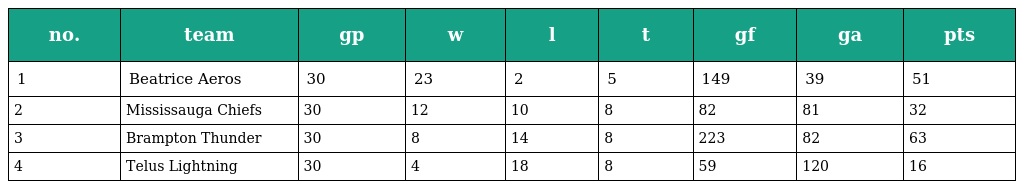
| no. | team | gp | w | l | t | gf | ga | pts |
 | --- | --- | --- | --- | --- | --- | --- | --- | --- |
 | 1 | Beatrice Aeros | 30 | 23 | 2 | 5 | 149 | 39 | 51 |
 | 2 | Mississauga Chiefs | 30 | 12 | 10 | 8 | 82 | 81 | 32 |
 | 3 | Brampton Thunder | 30 | 8 | 14 | 8 | 223 | 82 | 63 |
 | 4 | Telus Lightning | 30 | 4 | 18 | 8 | 59 | 120 | 16 |